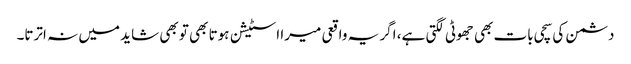
دشمن کی سچی بات بھی جھوٹی لگتی ہے، اگر یہ واقعی میرا اسٹیشن ہوتا بھی تو بھی شاید میں نہ اترتا۔